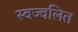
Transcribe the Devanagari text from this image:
स्वज्वलित